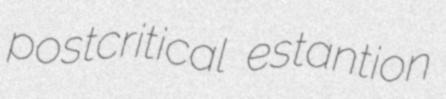
postcritical estantion